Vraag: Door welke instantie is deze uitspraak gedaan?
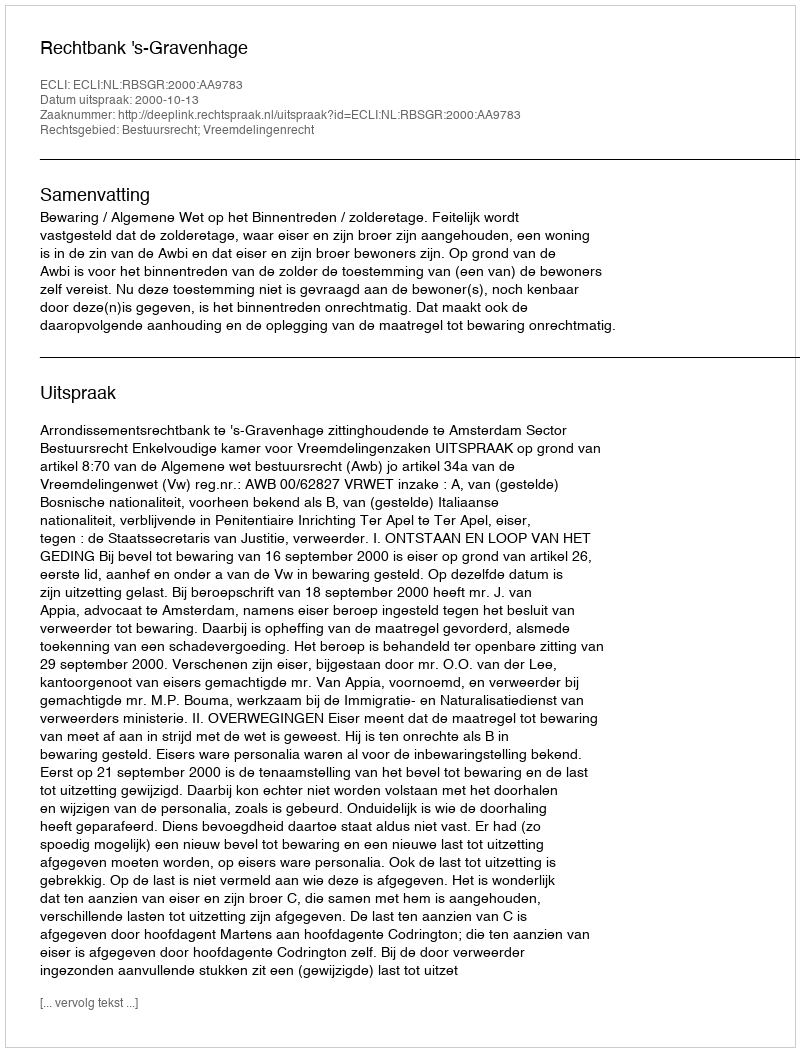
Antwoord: Rechtbank 's-Gravenhage